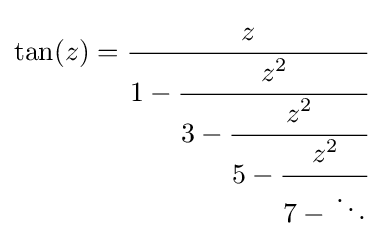
\tan(z)={\cfrac {z}{1-{\cfrac {z^{2}}{3-{\cfrac {z^{2}}{5-{\cfrac {z^{2}}{7-{}\ddots }}}}}}}}